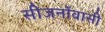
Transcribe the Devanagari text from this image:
सीजर्नोवासी